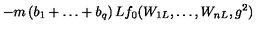
- m \left( b _ { 1 } + \ldots + b _ { q } \right) L f _ { 0 } ( W _ { 1 L } , \ldots , W _ { n L } , g ^ { 2 } )